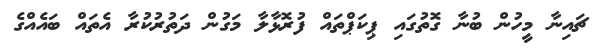
ޗައިނާ މީހުން ބުނާ ގޮތުގައި ޕިކަޕްތައް ފުރޮޅާލާ މަގުން ދަތުރުކުރާ އެތައް ބައެއްގެ